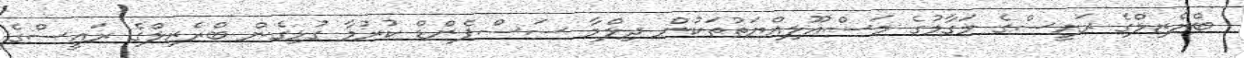
ބްރެޒިލްގެ ރައީސްގެ މަގާމުގެ މަސްއޫލިއްޔަތުތަކުން ދިލްމާ ސަސްޕެންޑް ކުރުމާ ގުޅިގެން ބްރެޒިލްގެ ރައީސްގެ